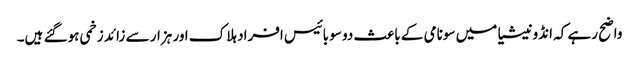
واضح رہے کہ انڈونیشیا میں سونامی کے باعث دو سو بائیس افراد ہلاک اور ہزار سے زائد زخمی ہوگئے ہیں۔